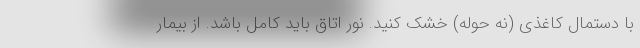
با دستمال کاغذی (نه حوله) خشک کنید. نور اتاق باید کامل باشد. از بیمار